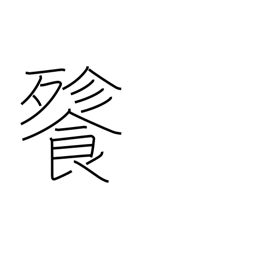
Meaning: voracious